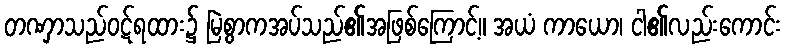
တဏှာသည်ဝဋ်ရထား၌ မြဲစွာကအပ်သည်၏အဖြစ်ကြောင့်။ အယံ ကာယော၊ ငါ၏လည်းကောင်း